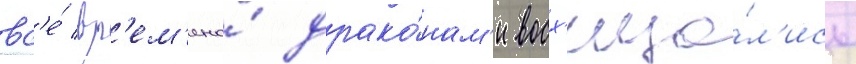
вс'е́ вр'ем'ена́ драко́нам'и восх'ища́л'ись